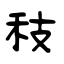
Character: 秓